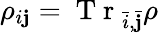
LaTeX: {\rho}_{i\mathbf{j}}=\mathrm{{~T~r~}}_{\bar{{i}},\bar{{\mathbf{j}}}}{\rho}